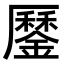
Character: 𨬑